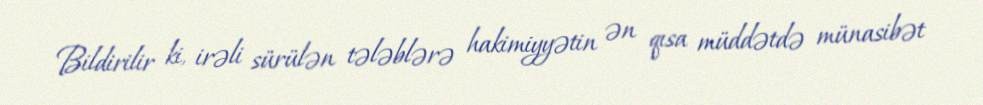
Bildirilir ki, irəli sürülən tələblərə hakimiyyətin ən qısa müddətdə münasibət